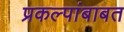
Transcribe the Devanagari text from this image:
प्रकल्पांबाबत